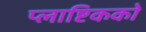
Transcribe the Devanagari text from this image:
प्लाष्टिकको